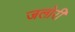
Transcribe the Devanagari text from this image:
जलोरी